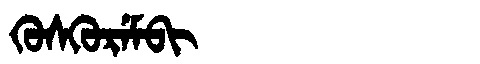
Manchu: ᡴᡠᠰᡴᡠᡵᡝᠮᠪᡳ
Romanization: KUSKUREMBI